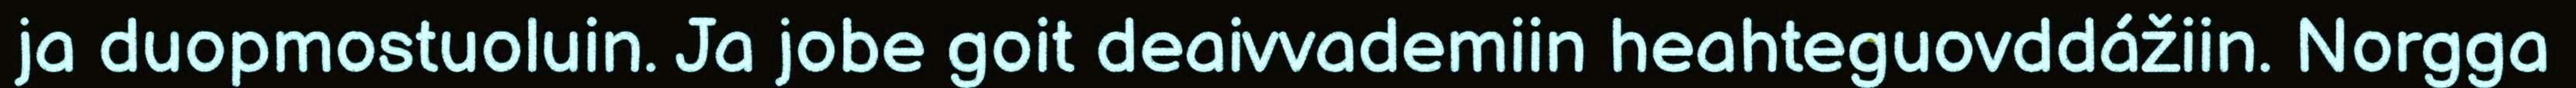
ja duopmostuoluin. Ja jobe goit deaivvademiin heahteguovddážiin. Norgga